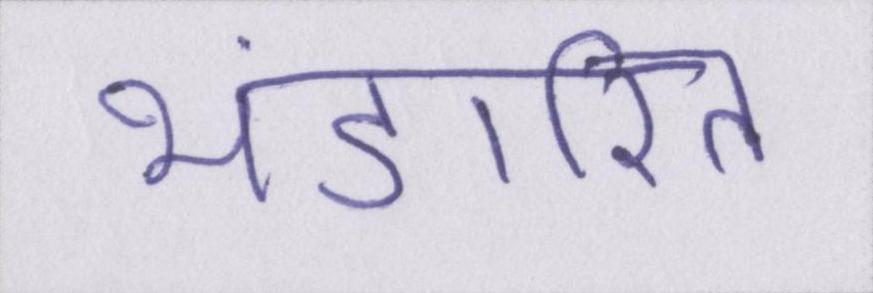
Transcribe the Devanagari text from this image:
भंडारित